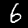
Digit: 6